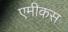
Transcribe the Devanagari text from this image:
एमीकस